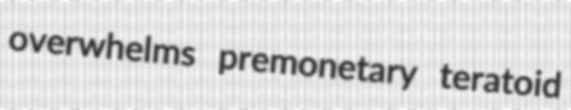
overwhelms premonetary teratoid